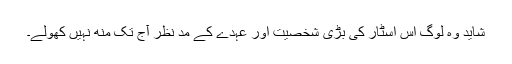
شاید وہ لوگ اس اسٹار کی بڑی شخصیت اور عہدے کے مد نظر آج تک منھ نہیں کھولے۔